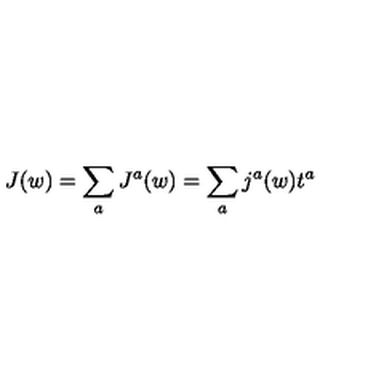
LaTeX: J ( w ) = \sum _ { a } J ^ { a } ( w ) = \sum _ { a } j ^ { a } ( w ) t ^ { a }